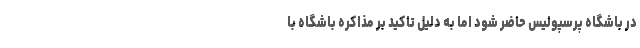
در باشگاه پرسپولیس حاضر شود اما به دلیل تاکید بر مذاکره باشگاه با